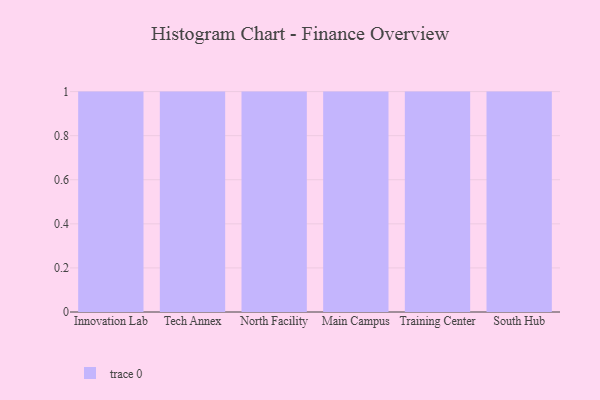
{"axis": {"x": "Campus", "y": "Conversion Rate (%)"}, "legend": [""], "data": [{"x": "Innovation Lab", "y": 90, "type": ""}, {"x": "Tech Annex", "y": 35, "type": ""}, {"x": "North Facility", "y": 88, "type": ""}, {"x": "Main Campus", "y": 51, "type": ""}, {"x": "Training Center", "y": 98, "type": ""}, {"x": "South Hub", "y": 41, "type": ""}]}